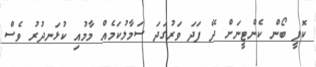
ކޮފީ ބޯން ކެންޓީނަށް ދޭ ފަދަ ވަރުގަދަ ސަމާލުކަމެއް މާމުއި ކުޅަނދުރު ވެސް